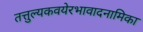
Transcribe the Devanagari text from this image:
तत्तुल्यकवयेरभावादनामिका